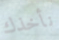
نأخذك